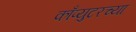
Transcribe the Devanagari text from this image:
काँप्युटरच्या